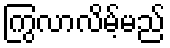
ကြွလာလိမ့်မည်